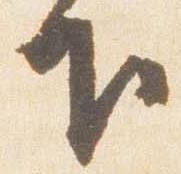
下